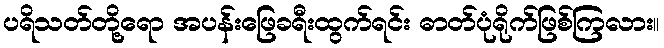
ပရိသတ်တို့ရော အပန်းဖြေခရီးထွက်ရင်း ဓာတ်ပုံရိုက်ဖြစ်ကြလား။